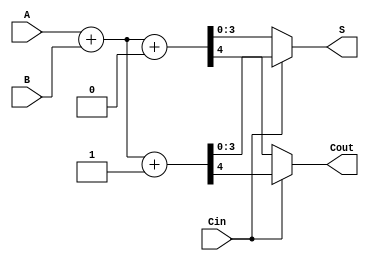
module CarrySelectAdder4Bit(
    input [3:0] A,
    input [3:0] B,
    input Cin,
    output [3:0] S,
    output Cout
);
    wire [3:0] S0, S1; // Sums for Cin = 0 and Cin = 1
    wire C0, C1;       // Carry outs for Cin = 0 and Cin = 1

    // Full adders for Cin = 0
    assign {C0, S0} = A + B + 1'b0;

    // Full adders for Cin = 1
    assign {C1, S1} = A + B + 1'b1;

    // MUX to select sum and carry out based on Cin
    assign S = Cin ? S1 : S0;
    assign Cout = Cin ? C1 : C0;

endmodule